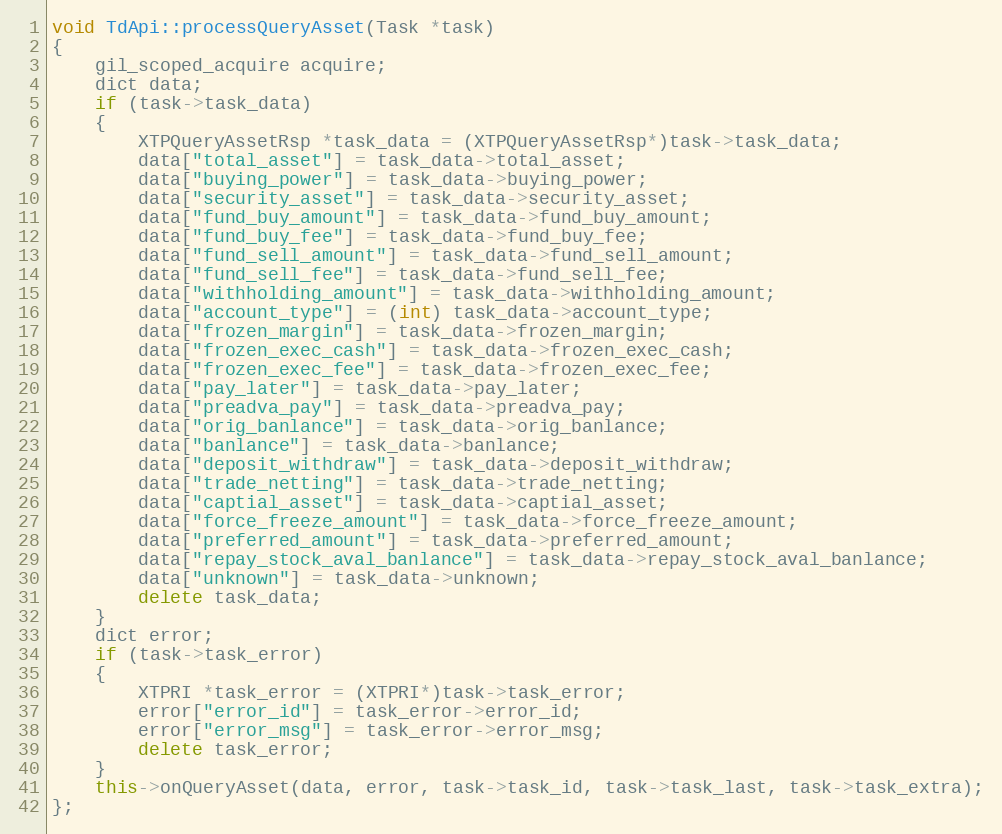
Language: C++
void TdApi::processQueryAsset(Task *task)
{
	gil_scoped_acquire acquire;
	dict data;
	if (task->task_data)
	{
		XTPQueryAssetRsp *task_data = (XTPQueryAssetRsp*)task->task_data;
		data["total_asset"] = task_data->total_asset;
		data["buying_power"] = task_data->buying_power;
		data["security_asset"] = task_data->security_asset;
		data["fund_buy_amount"] = task_data->fund_buy_amount;
		data["fund_buy_fee"] = task_data->fund_buy_fee;
		data["fund_sell_amount"] = task_data->fund_sell_amount;
		data["fund_sell_fee"] = task_data->fund_sell_fee;
		data["withholding_amount"] = task_data->withholding_amount;
		data["account_type"] = (int) task_data->account_type;
		data["frozen_margin"] = task_data->frozen_margin;
		data["frozen_exec_cash"] = task_data->frozen_exec_cash;
		data["frozen_exec_fee"] = task_data->frozen_exec_fee;
		data["pay_later"] = task_data->pay_later;
		data["preadva_pay"] = task_data->preadva_pay;
		data["orig_banlance"] = task_data->orig_banlance;
		data["banlance"] = task_data->banlance;
		data["deposit_withdraw"] = task_data->deposit_withdraw;
		data["trade_netting"] = task_data->trade_netting;
		data["captial_asset"] = task_data->captial_asset;
		data["force_freeze_amount"] = task_data->force_freeze_amount;
		data["preferred_amount"] = task_data->preferred_amount;
		data["repay_stock_aval_banlance"] = task_data->repay_stock_aval_banlance;
		data["unknown"] = task_data->unknown;
		delete task_data;
	}
	dict error;
	if (task->task_error)
	{
		XTPRI *task_error = (XTPRI*)task->task_error;
		error["error_id"] = task_error->error_id;
		error["error_msg"] = task_error->error_msg;
		delete task_error;
	}
	this->onQueryAsset(data, error, task->task_id, task->task_last, task->task_extra);
};